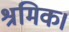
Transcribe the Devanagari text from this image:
श्रमिक।